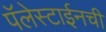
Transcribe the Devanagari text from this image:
पॅलेस्टाईनची